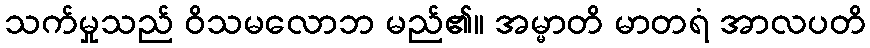
သက်မှုသည် ဝိသမလောဘ မည်၏။ အမ္မာတိ မာတရံ အာလပတိ